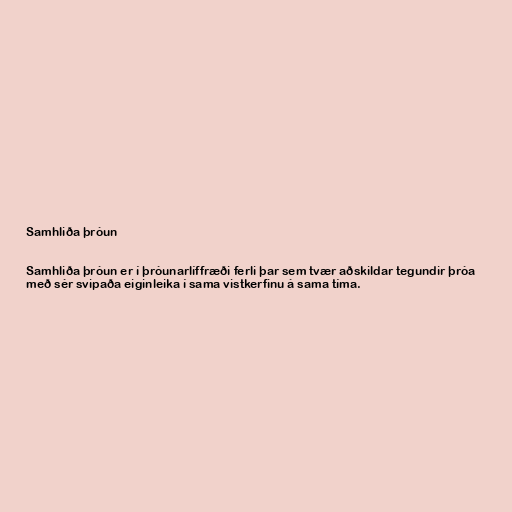
Samhliða þróun

Samhliða þróun er í þróunarlíffræði ferli þar sem tvær aðskildar tegundir þróa
með sér svipaða eiginleika í sama vistkerfinu á sama tíma.